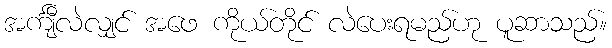
အင်္ကျီလဲလျှင် အဖေ ကိုယ်တိုင် လဲပေးရမည်ဟု ပူဆာသည်။